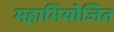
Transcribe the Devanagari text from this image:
महाभियोजित